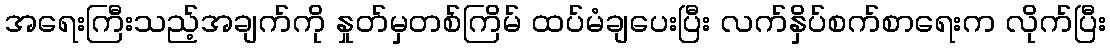
အရေးကြီးသည့်အချက်ကို နှုတ်မှတစ်ကြိမ် ထပ်မံချပေးပြီး လက်နှိပ်စက်စာရေးက လိုက်ပြီး